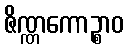
ဇိဏ္ဏကောဉ္စာဝ